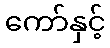
ကော်နှင့်